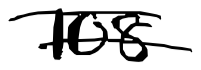
Text: 108
Cross-out: double-line
Writing tool: digital_black